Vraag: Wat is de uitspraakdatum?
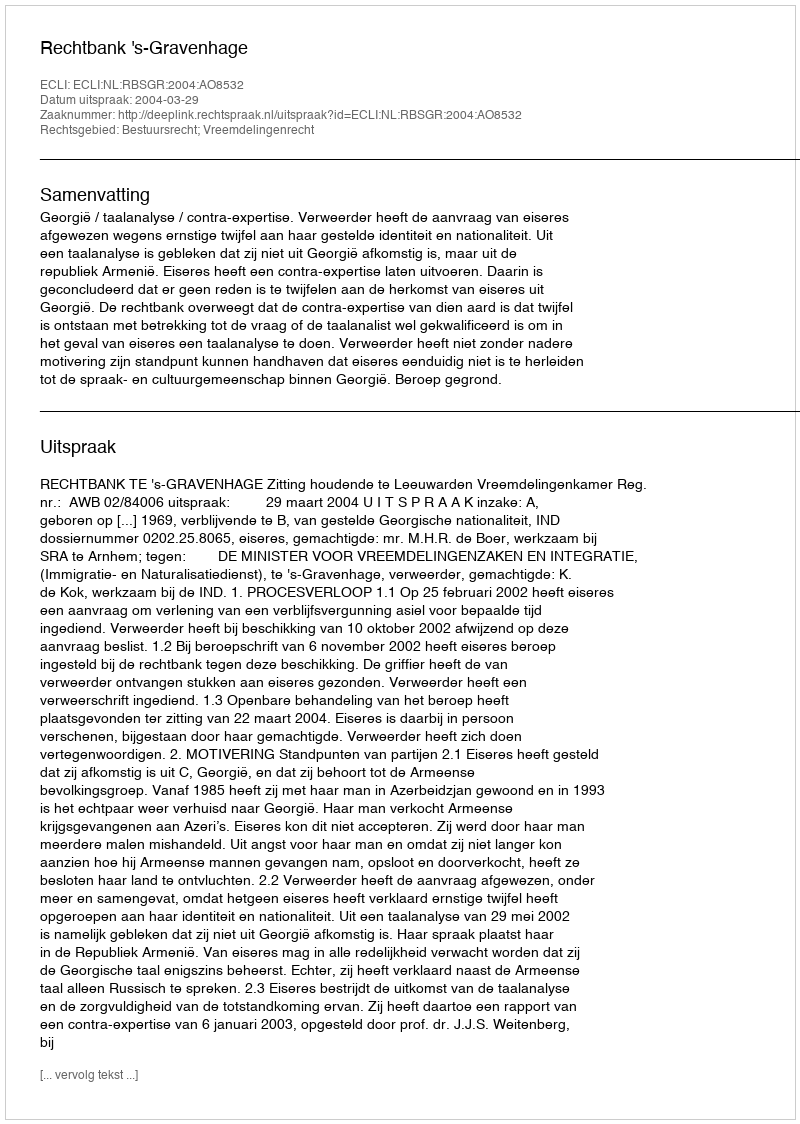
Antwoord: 2004-03-29